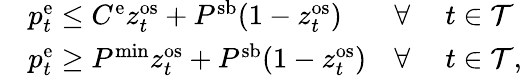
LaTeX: \begin{array}{rlrl}&{p_{t}^{\mathrm{{e}}}\leq C^{\mathrm{e}}z_{t}^{\mathrm{{os}}}+P^{\mathrm{sb}}(1-z_{t}^{\mathrm{{os}}})}&{\forall~}&{t\in\mathcal{T}}\\ &{p_{t}^{\mathrm{e}}\geq P^{\mathrm{{min}}}z_{t}^{\mathrm{os}}+P^{\mathrm{{sb}}}(1-z_{t}^{\mathrm{os}})}&{\forall~}&{t\in\mathcal{T},}\end{array}